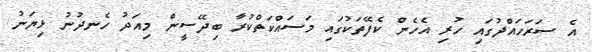
އެ ސަރަހައްދުގައި ހުރި އެހެން ކެފޭތަކުގައި މަސައްކަތްކުރާ ބިދޭސީން މިއަދު ހެނދުނު ޅިޔަނު